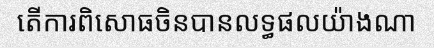
តើការពិសោធចិនបានលទ្ធផលយ៉ាងណា